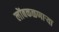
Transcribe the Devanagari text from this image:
लोंबकळणार्‍या